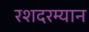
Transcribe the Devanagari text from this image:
रशदरम्यान